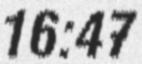
16:47